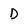
Character: D